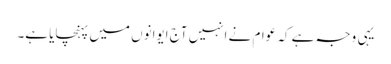
یہی وجہ ہے کہ عوام نے انہیں آج ایوانوں میں پہنچایا ہے۔